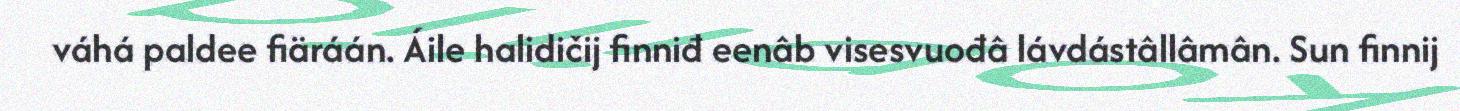
váhá paldee fiäráán. Áile halidičij finniđ eenâb visesvuođâ lávdástâllâmân. Sun finnij